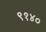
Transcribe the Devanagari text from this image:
९१४०